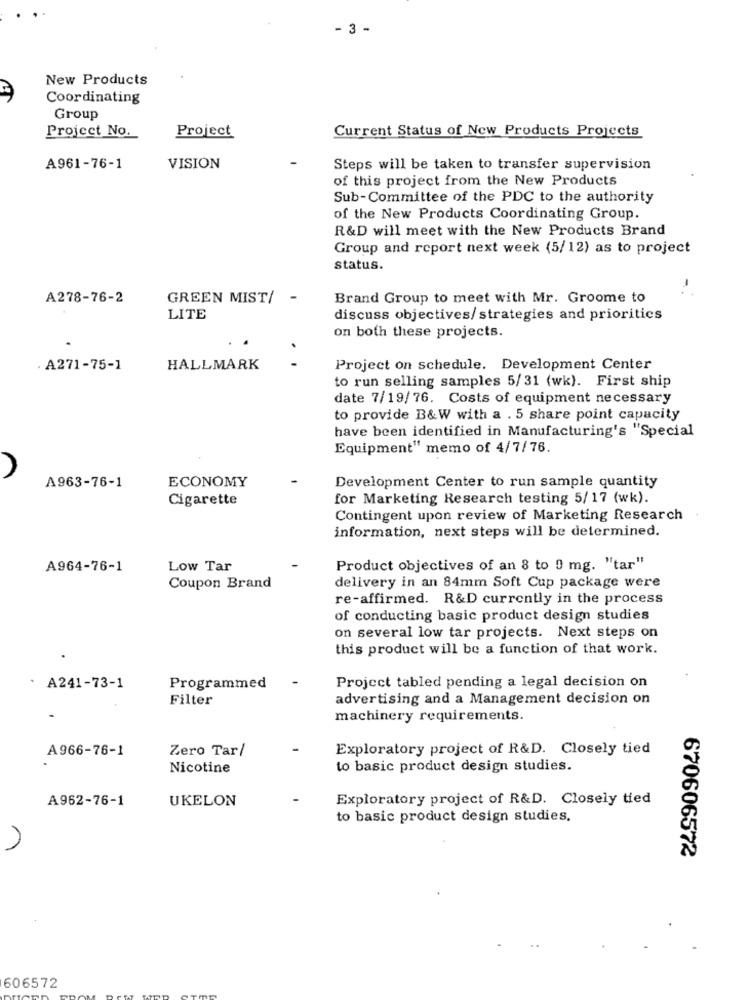
- 3 -
New Products
Coordinating
Group
Project No.
Current Status of New Products Projects
Project
A961-76-1
VISION
Steps will be taken to transfer supervision
of this project from the New Products
Sub-Committee of the PDC to the authority
of the New Products Coordinating Group.
R&D will meet with the New Products Brand
Group and report next week (5/12) as to project
status.
-
A278-76-2
GREEN MIST/ -
Brand Group to meet with Mr. Groome to
LITE
discuss objectives/ strategies and priorities
on both these projects.
. A271-75-1
HALLMARK
..
Project on schedule. Development Center
to run selling samples 5/31 (wk). First ship
date 7/19/76. Costs of equipment necessary
to provide B&W with a . 5 share point capacity
have been identified in Manufacturing's "Special
Equipment" memo of 4/7/76.
A
A963-76-1
ECONOMY
Development Center to run sample quantity
Cigarette
for Marketing Research testing 5/17 (wk).
Contingent upon review of Marketing Research
information, next steps will be determined.
A964-76-1
Low Tar
Product objectives of an 8 to 0 mg. "tar"
Coupon Brand
delivery in an 84mm Soft Cup package were
re-affirmed. R&D currently in the process
of conducting basic product design studies
on several low tar projects. Next steps on
this product will be a function of that work.
Project tabled pending a legal decision on
: A241-73-1
Programmed
Filter
advertising and a Management decision on
machinery requirements.
A966-76-1
Zero Tar/
Exploratory project of R&D. Closely tied
Nicotine
to basic product design studies.
A962-76-1
UKELON
Exploratory project of R&D. Closely tied
to basic product design studies.
670606572
606572